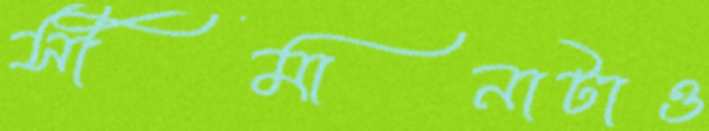
সীমানাটাও